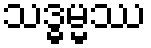
သဒ္ဓမ္မဿ